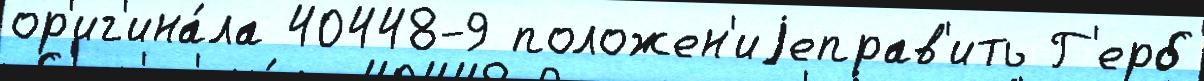
ор'иг'ина́ла 40448-9 положен'иjеправ'ить Г'ерб